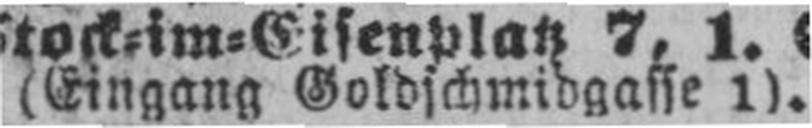
(Eingang Goldschmidgasse 1).